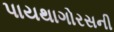
પાયથાગોરસની